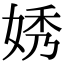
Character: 㛢